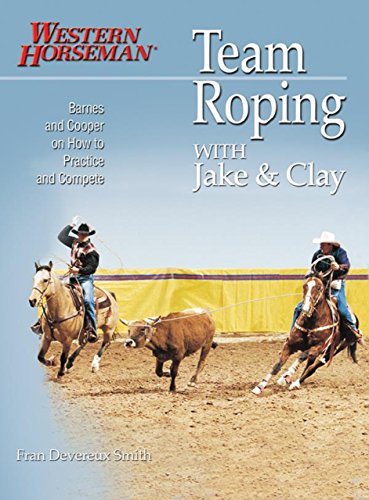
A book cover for Team Roping With Jake and Clay: Barnes and Cooper on How to Practice and Compete (A Western Horseman Book); Fran Devereux Smith; Sports & Outdoors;